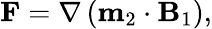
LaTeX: \mathbf{F}=\nabla\left(\mathbf{m}_{2}\cdot\mathbf{B}_{1}\right),